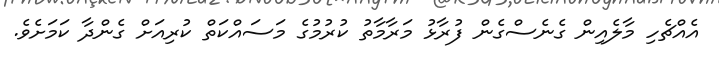
އެއްޗެހި މާލެއިން ގެނެސްގެން ފުރާޅު މަރާމާތު ކުރުމުގެ މަސައްކަތް ކުރިއަށް ގެންދާ ކަމަށެވެ.